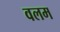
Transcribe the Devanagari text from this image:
वलम